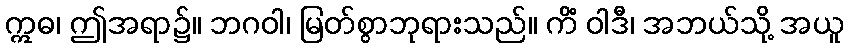
ဣဓ၊ ဤအရာ၌။ ဘဂဝါ၊ မြတ်စွာဘုရားသည်။ ကိံ ဝါဒီ၊ အဘယ်သို့ အယူ